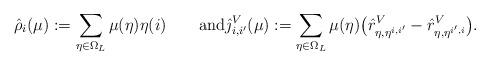
LaTeX: \begin{align*} \hat\rho_i(\mu) := \sum_{\eta\in\Omega_L}\mu(\eta)\eta(i)\qquad\textrm{and} \hat\jmath^V_{i,i'}(\mu):=\sum_{\eta\in\Omega_L}\mu(\eta)\bigl(\hat r^V_{\eta,\eta^{i,i'}}-\hat r^V_{\eta,\eta^{i',i}}\bigr).\end{align*}